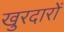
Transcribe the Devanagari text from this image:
खुरदारों